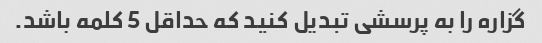
گزاره را به پرسشی تبدیل کنید که حداقل 5 کلمه باشد.